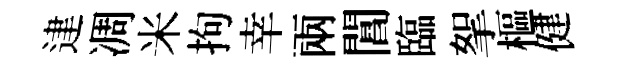
䢖凋米拘幸兩閶臨挐樞健